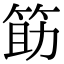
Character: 筯